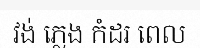
វង់ ភ្លេង កំដរ ពេល